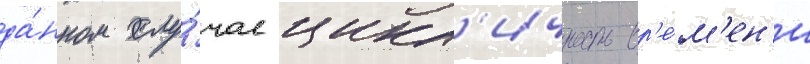
да́нном слу́чае цикл'ичность вр'е́м'ен'и